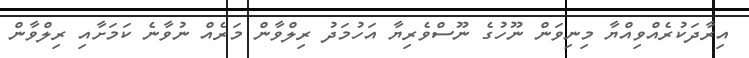
އިރާދަކުރެއްވިއްޔާ މިނިވަން ނޫހުގެ ނޫސްވެރިޔާ އަހުމަދު ރިލްވާން މަރެއް ނުވާނެ ކަމަށާއި ރިލްވާން